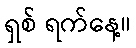
ရှစ် ရက်နေ့။